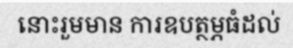
នោះរួមមាន ការឧបត្ថម្ភធំដល់